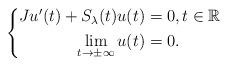
LaTeX: \begin{align*}\left\{\begin{aligned}Ju'(t)+S_\lambda(t)u(t)&=0,t\in\mathbb{R}\\\lim_{t\rightarrow\pm\infty}u(t)&=0.\end{aligned}\right.\end{align*}